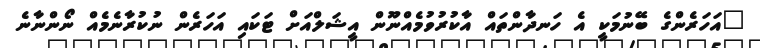
"އަހަރެންގެ ބޭނުމަކީ އެ ހަނދާންތައް އާކުރުވުމެއްނޫން އީޝަލްއަށް ޓަކައި އަހަރެން ނުކުރާނެމެއް ނޯންނާނެ